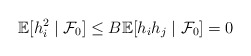
\begin{align*} \mathbb E[h_i^2\mid \mathcal F_0] \leq B \mathbb E[h_ih_j\mid \mathcal F_0]=0\end{align*}